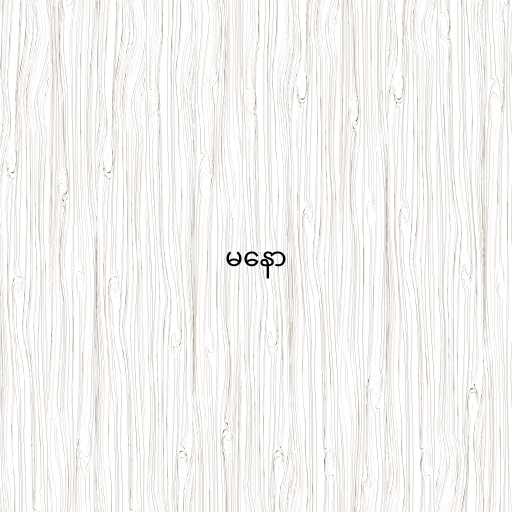
မနော